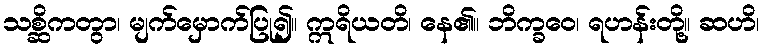
သစ္ဆိကတွာ၊ မျက်မှောက်ပြု၍။ ဣရိယတိ၊ နေ၏။ ဘိက္ခဝေ၊ ရဟန်းတို့။ ဆဟိ၊